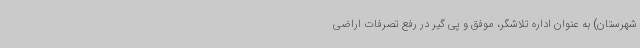
شهرستان) به عنوان اداره تلاشگر، موفق و پی گیر در رفع تصرفات اراضی